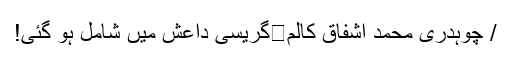
/ چوہدری محمد اشفاق کالم	گریسی داعش میں شامل ہو گئی!